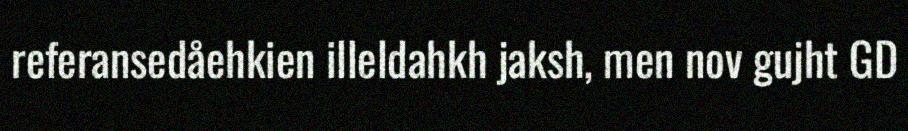
referansedåehkien illeldahkh jaksh, men nov gujht GD